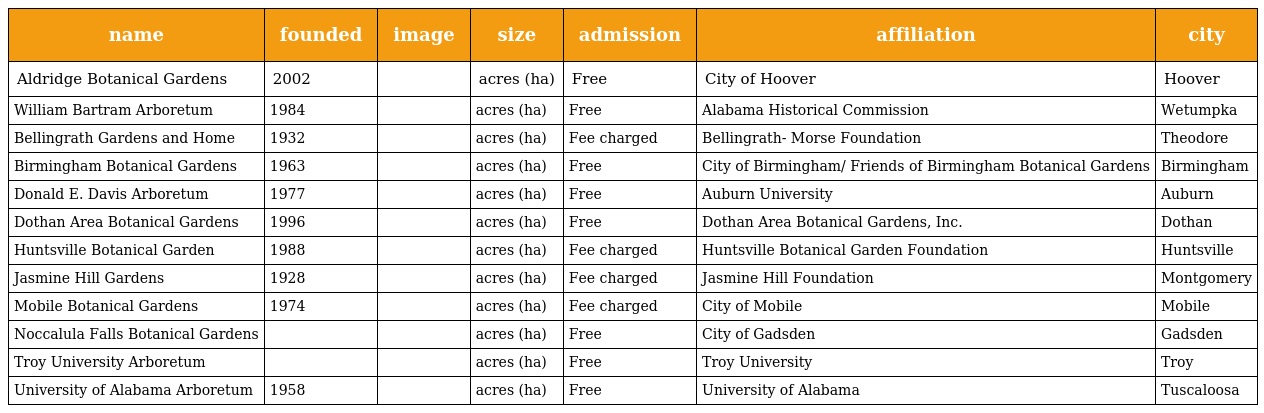
| name | founded | image | size | admission | affiliation | city |
 | --- | --- | --- | --- | --- | --- | --- |
 | Aldridge Botanical Gardens | 2002 |  | acres (ha) | Free | City of Hoover | Hoover |
 | William Bartram Arboretum | 1984 |  | acres (ha) | Free | Alabama Historical Commission | Wetumpka |
 | Bellingrath Gardens and Home | 1932 |  | acres (ha) | Fee charged | Bellingrath- Morse Foundation | Theodore |
 | Birmingham Botanical Gardens | 1963 |  | acres (ha) | Free | City of Birmingham/ Friends of Birmingham Botanical Gardens | Birmingham |
 | Donald E. Davis Arboretum | 1977 |  | acres (ha) | Free | Auburn University | Auburn |
 | Dothan Area Botanical Gardens | 1996 |  | acres (ha) | Free | Dothan Area Botanical Gardens, Inc. | Dothan |
 | Huntsville Botanical Garden | 1988 |  | acres (ha) | Fee charged | Huntsville Botanical Garden Foundation | Huntsville |
 | Jasmine Hill Gardens | 1928 |  | acres (ha) | Fee charged | Jasmine Hill Foundation | Montgomery |
 | Mobile Botanical Gardens | 1974 |  | acres (ha) | Fee charged | City of Mobile | Mobile |
 | Noccalula Falls Botanical Gardens |  |  | acres (ha) | Free | City of Gadsden | Gadsden |
 | Troy University Arboretum |  |  | acres (ha) | Free | Troy University | Troy |
 | University of Alabama Arboretum | 1958 |  | acres (ha) | Free | University of Alabama | Tuscaloosa |